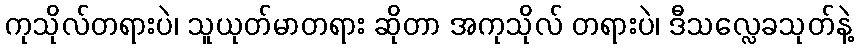
ကုသိုလ်တရားပဲ၊ သူယုတ်မာတရား ဆိုတာ အကုသိုလ် တရားပဲ၊ ဒီသလ္လေခသုတ်နဲ့